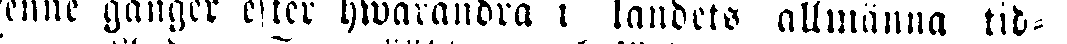
ennc gånger efter hwavandra i landets allmänna tid-